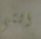
التي